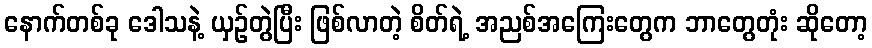
နောက်တစ်ခု ဒေါသနဲ့ ယှဉ်တွဲပြီး ဖြစ်လာတဲ့ စိတ်ရဲ့ အညစ်အကြေးတွေက ဘာတွေတုံး ဆိုတော့